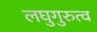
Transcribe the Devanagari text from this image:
लघुगुरुत्व